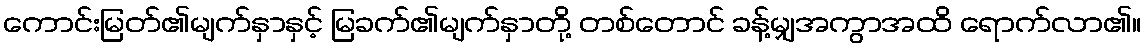
ကောင်းမြတ်၏မျက်နှာနှင့် မြခက်၏မျက်နှာတို့ တစ်တောင် ခန့်မျှအကွာအထိ ရောက်လာ၏။